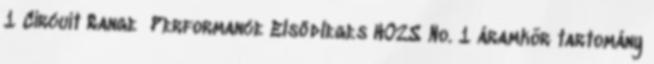
1 Circuit Range Performance Elsődleges HO2S No. 1 áramkör tartomány